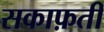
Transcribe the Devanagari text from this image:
सकाफ़ती